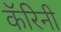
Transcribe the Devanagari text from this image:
कॅरिनी